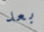
بعد